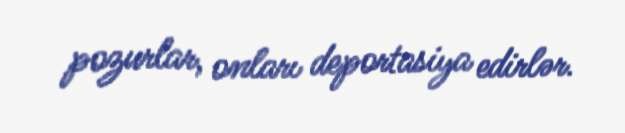
pozurlar, onları deportasiya edirlər.